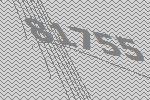
81755